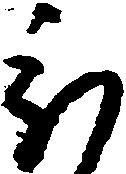
被